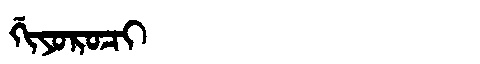
Manchu: ᡤᡳᠶᠣᡵᠣᠴᡳ
Romanization: GIYOROCI